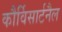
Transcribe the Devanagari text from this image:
कौर्विसार्टनैल